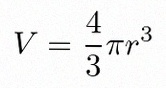
V=\frac43\pi r^3